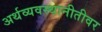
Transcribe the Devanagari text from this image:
अर्थव्यवस्थानीतीवर